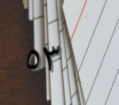
٥٣